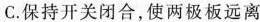
C. 保持开关闭合，使两极板远离